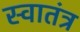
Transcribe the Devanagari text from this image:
स्‍वातंत्र